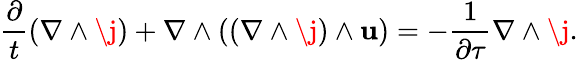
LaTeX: \frac{\partial}{t}\left(\nabla\wedge\j\right)+\nabla\wedge\left(\left(\nabla\wedge\j\right)\wedge\mathbf{u}\right)=-\frac{1}{\partial\tau}\nabla\wedge\j.